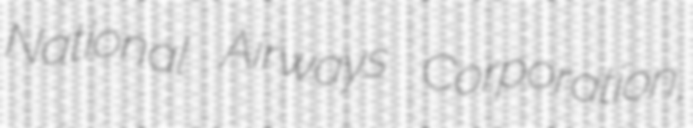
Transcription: National Airways Corporation,